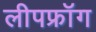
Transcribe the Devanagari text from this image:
लीपफ्रॉग